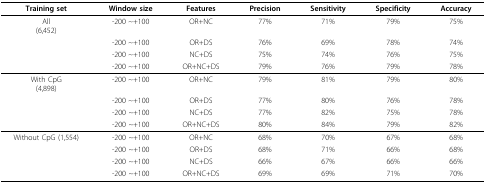
<table><thead><tr><td><b>Training set</b></td><td><b>Window size</b></td><td><b>Features</b></td><td><b>Precision</b></td><td><b>Sensitivity</b></td><td><b>Specificity</b></td><td><b>Accuracy</b></td></tr></thead><tbody><tr><td>All(6,452)</td><td>-200 ~+100</td><td>OR+NC</td><td>77%</td><td>71%</td><td>79%</td><td>75%</td></tr><tr><td></td><td>-200 ~+100</td><td>OR+DS</td><td>76%</td><td>69%</td><td>78%</td><td>74%</td></tr><tr><td></td><td>-200 ~+100</td><td>NC+DS</td><td>75%</td><td>74%</td><td>76%</td><td>75%</td></tr><tr><td></td><td>-200 ~+100</td><td>OR+NC+DS</td><td>79%</td><td>76%</td><td>79%</td><td>78%</td></tr><tr><td>With CpG(4,898)</td><td>-200 ~+100</td><td>OR+NC</td><td>79%</td><td>81%</td><td>79%</td><td>80%</td></tr><tr><td></td><td>-200 ~+100</td><td>OR+DS</td><td>77%</td><td>80%</td><td>76%</td><td>78%</td></tr><tr><td></td><td>-200 ~+100</td><td>NC+DS</td><td>77%</td><td>82%</td><td>75%</td><td>78%</td></tr><tr><td></td><td>-200 ~+100</td><td>OR+NC+DS</td><td>80%</td><td>84%</td><td>79%</td><td>82%</td></tr><tr><td>Without CpG (1,554)</td><td>-200 ~+100</td><td>OR+NC</td><td>68%</td><td>70%</td><td>67%</td><td>68%</td></tr><tr><td></td><td>-200 ~+100</td><td>OR+DS</td><td>68%</td><td>71%</td><td>66%</td><td>68%</td></tr><tr><td></td><td>-200 ~+100</td><td>NC+DS</td><td>66%</td><td>67%</td><td>66%</td><td>66%</td></tr><tr><td></td><td>-200 ~+100</td><td>OR+NC+DS</td><td>69%</td><td>69%</td><td>71%</td><td>70%</td></tr></tbody></table>